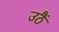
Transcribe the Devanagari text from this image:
उठैं